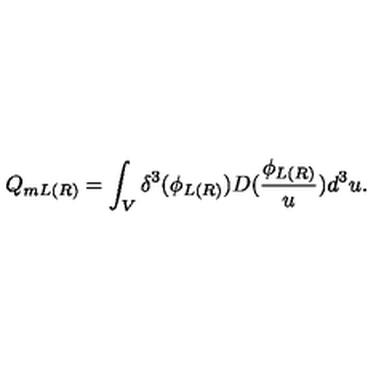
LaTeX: Q _ { m L ( R ) } = \int _ { V } \delta ^ { 3 } ( \phi _ { L ( R ) } ) D ( \frac { \phi _ { L ( R ) } } u ) d ^ { 3 } u .